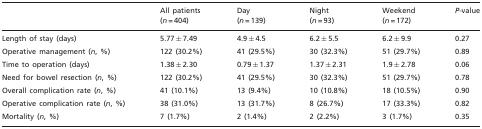
| <ROWSPAN=2>  | All patients | Day | Night | Weekend | <ROWSPAN=2> P-value |
 | (n = 404) | (n = 139) | (n = 93) | (n = 172) |
 | --- | --- | --- | --- | --- | --- |
 | Length of stay (days) | 5.77 ± 7.49 | 4.9 ± 4.5 | 6.2 ± 5.5 | 6.2 ± 9.9 | 0.27 |
 | Operative management (n, %) | 122 (30.2%) | 41 (29.5%) | 30 (32.3%) | 51 (29.7%) | 0.89 |
 | Time to operation (days) | 1.38 ± 2.30 | 0.79 ± 1.37 | 1.37 ± 2.31 | 1.9 ± 2.78 | 0.06 |
 | Need for bowel resection (n, %) | 122 (30.2%) | 41 (29.5%) | 30 (32.3%) | 51 (29.7%) | 0.78 |
 | Overall complication rate (n, %) | 41 (10.1%) | 13 (9.4%) | 10 (10.8%) | 18 (10.5%) | 0.90 |
 | Operative complication rate (n, %) | 38 (31.0%) | 13 (31.7%) | 8 (26.7%) | 17 (33.3%) | 0.82 |
 | Mortality (n, %) | 7 (1.7%) | 2 (1.4%) | 2 (2.2%) | 3 (1.7%) | 0.35 |